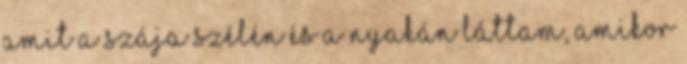
amit a szája szélén és a nyakán láttam, amikor